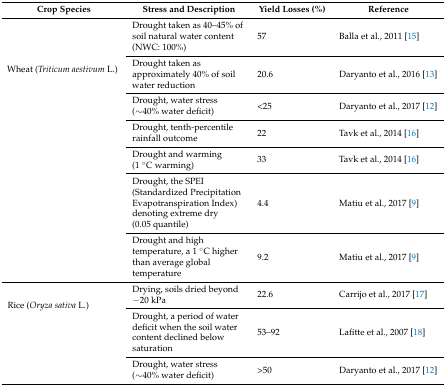
<table><thead><tr><td><b>Crop Species</b></td><td><b>Stress and Description</b></td><td><b>Yield Losses (%)</b></td><td><b>Reference</b></td></tr></thead><tbody><tr><td rowspan="7">Wheat (<i>Triticum aestivum</i> L.)</td><td>Drought taken as 40–45% of soil natural water content (NWC: 100%)</td><td>57</td><td>Balla et al., 2011 [15]</td></tr><tr><td>Drought taken as approximately 40% of soil water reduction</td><td>20.6</td><td>Daryanto et al., 2016 [13]</td></tr><tr><td>Drought, water stress (∼40% water deficit)</td><td>&lt;25</td><td>Daryanto et al., 2017 [12]</td></tr><tr><td>Drought, tenth-percentile rainfall outcome</td><td>22</td><td>Tavk et al., 2014 [16]</td></tr><tr><td>Drought and warming (1 °C warming)</td><td>33</td><td>Tavk et al., 2014 [16]</td></tr><tr><td>Drought, the SPEI (Standardized Precipitation Evapotranspiration Index) denoting extreme dry (0.05 quantile)</td><td>4.4</td><td>Matiu et al., 2017 [9]</td></tr><tr><td>Drought and high temperature, a 1 °C higher than average global temperature</td><td>9.2</td><td>Matiu et al., 2017 [9]</td></tr><tr><td rowspan="3">Rice (<i>Oryza sativa</i> L.)</td><td>Drying, soils dried beyond −20 kPa</td><td>22.6</td><td>Carrijo et al., 2017 [17]</td></tr><tr><td>Drought, a period of water deficit when the soil water content declined below saturation</td><td>53–92</td><td>Lafitte et al., 2007 [18]</td></tr><tr><td>Drought, water stress (∼40% water deficit)</td><td>&gt;50</td><td>Daryanto et al., 2017 [12]</td></tr></tbody></table>